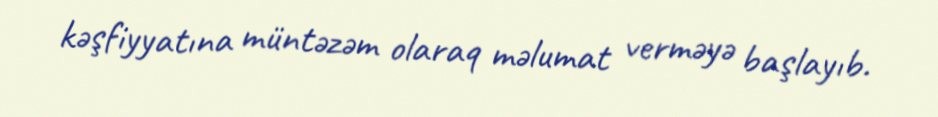
kəşfiyyatına müntəzəm olaraq məlumat verməyə başlayıb.